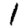
Digit: 1